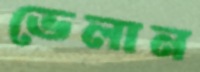
ভেলান